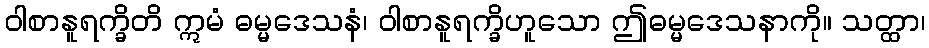
ဝါစာနူရက္ခိတိ ဣမံ ဓမ္မဒေသနံ၊ ဝါစာနူရက္ခိဟူသော ဤဓမ္မဒေသနာကို။ သတ္ထာ၊